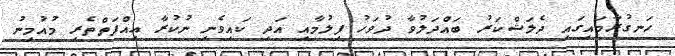
ހަނގުރާމައިގައި ދެލަޝްކަރު ބައްދަލުވާ ދުވަހު ފިލުމާއި އަދި ކައިވެނި ނުކުރާ ޢިއްފަތްތެރި މުއުމިނު